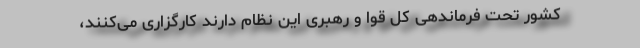
کشور تحت فرماندهی کل قوا و رهبری این نظام دارند کارگزاری می‌کنند،